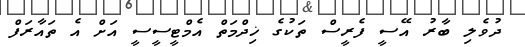
ދުވެލި ބާރު އޭސީ ފެރީސް ތަކުގެ ޚިދްމަތް އެމްޓީސީސީ އަށް އެ ތައާރަފް